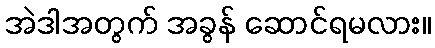
အဲဒါအတွက် အခွန် ဆောင်ရမလား။